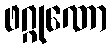
ဖဂ္ဂုဏော